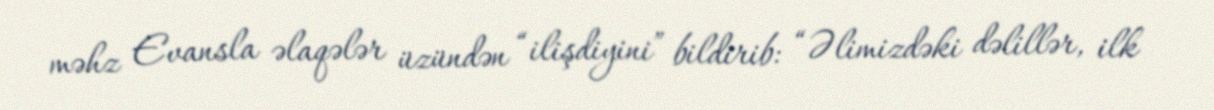
məhz Evansla əlaqələr üzündən “ilişdiyini” bildirib: “Əlimizdəki dəlillər, ilk